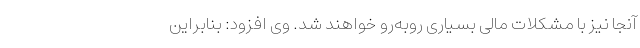
آنجا نیز با مشکلات مالی بسیاری روبه‌رو خواهند شد. وی افزود: بنابراین